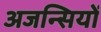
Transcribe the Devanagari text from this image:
अजन्सियों